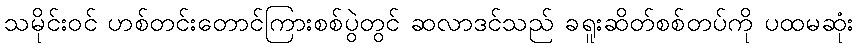
သမိုင်းဝင် ဟစ်တင်းတောင်ကြားစစ်ပွဲတွင် ဆလာဒင်သည် ခရူးဆိတ်စစ်တပ်ကို ပထမဆုံး